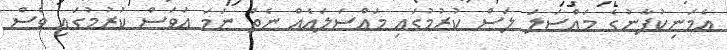
އެމަނިކުފާނުގެ މައްސަލަ ލަސް ކުރުމުގައި މައްސަލައެއް ނެތް ނަމަ އަވަސް ކުރުމުގައި ވެސް